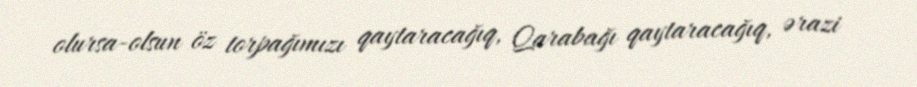
olursa-olsun öz torpağımızı qaytaracağıq, Qarabağı qaytaracağıq, ərazi